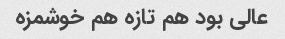
عالی بود هم تازه هم خوشمزه